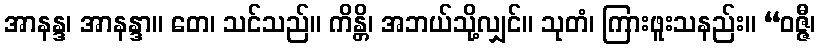
အာနန္ဒ၊ အာနန္ဒာ။ တေ၊ သင်သည်။ ကိန္တိ၊ အဘယ်သို့လျှင်။ သုတံ၊ ကြားဖူးသနည်း။ “ဝဇ္ဇီ၊